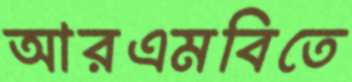
আরএমবিতে